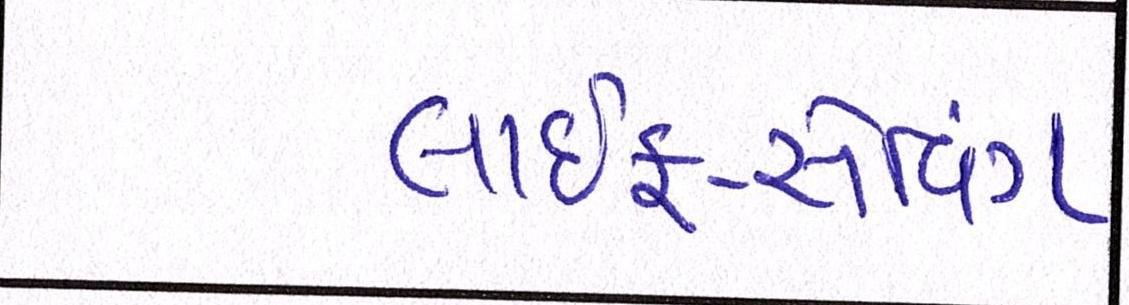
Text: લાઇફ-સેવિંગ